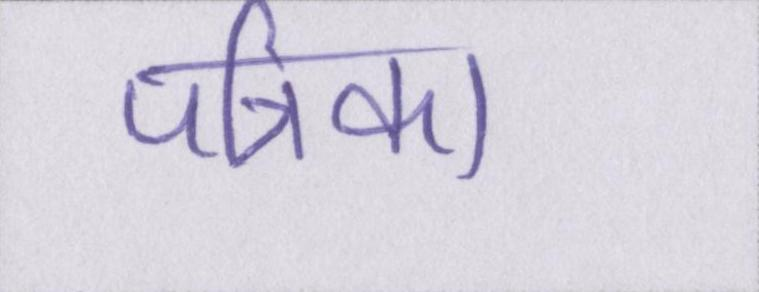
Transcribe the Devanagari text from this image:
पत्रिका